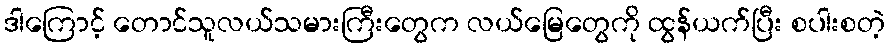
ဒါကြောင့် တောင်သူလယ်သမားကြီးတွေက လယ်မြေတွေကို ထွန်ယက်ပြီး စပါးစတဲ့